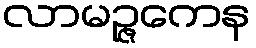
လာမဉ္ဇကေန